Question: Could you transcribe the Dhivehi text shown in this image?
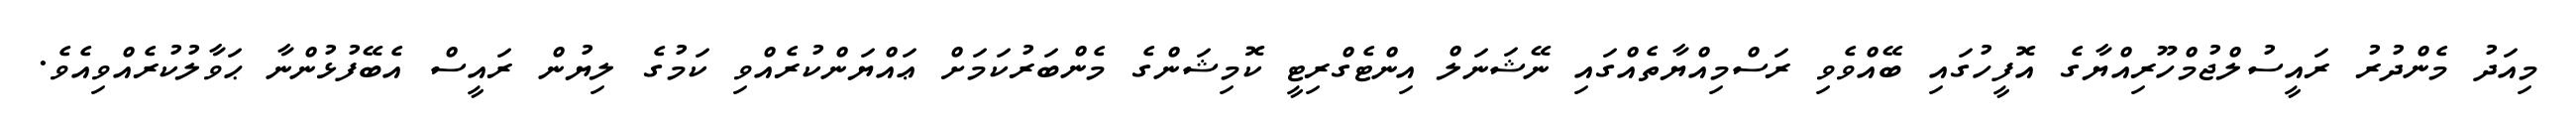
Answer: މިއަދު މެންދުރު ރައީސުލްޖުމްހޫރިއްޔާގެ އޮފީހުގައި ބޭއްވެވި ރަސްމިއްޔާތެއްގައި ނޭޝަނަލް އިންޓެގްރިޓީ ކޮމިޝަންގެ މެންބަރުކަމަށް ޢައްޔަންކުރެއްވި ކަމުގެ ލިޔުން ރައީސް އެބޭފުޅުންނާ ޙަވާލުކުރެއްވިއެވެ.